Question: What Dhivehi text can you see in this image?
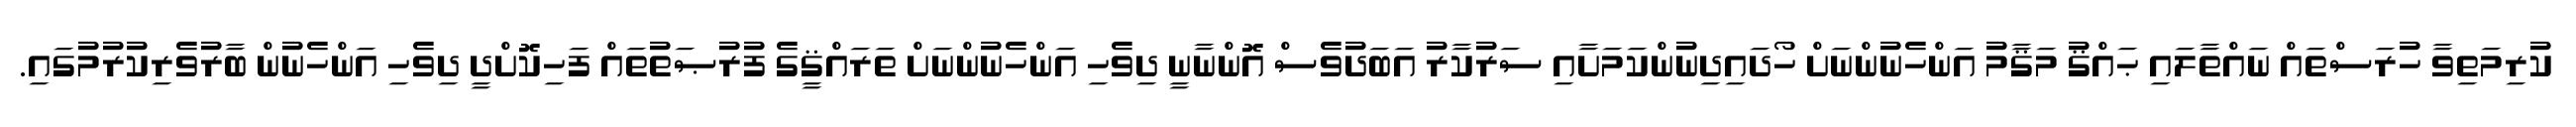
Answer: ކުރިމަތިވާ ހުރަސްތައް ނައްތާލައި ޙައްޤު މަޤާމު އަންހެނުންނަށް ހޯދައިދިނުންކަމަށާއި ސަރުކާރު އަބަދުވެސް އޮންނާނީ ދިވެހި އަންހެނުންނަށް ތަރައްޤީގެ ފުރުޞަތުތައް ފަހިކޮށްދީ ދިވެހި އަންހެނުން ބާރުވެރިކުރުމުގައި.